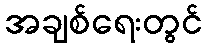
အချစ်ရေးတွင်